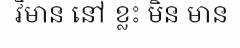
វិមាន នៅ ខ្លះ មិន មាន